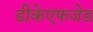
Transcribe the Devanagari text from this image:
डीकेएफजेड